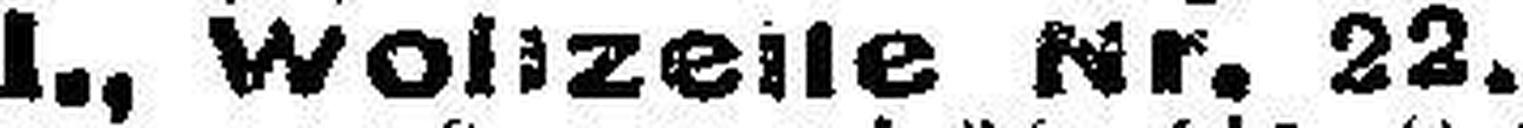
I., Wollzeile Nr. 22.